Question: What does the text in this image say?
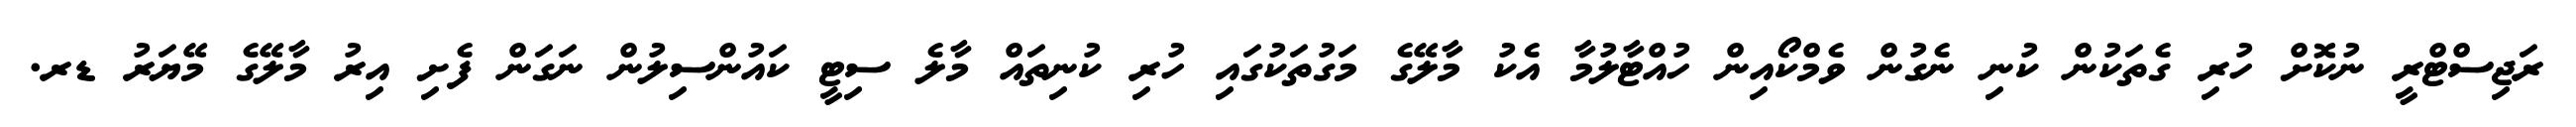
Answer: ރަޖިސްޓްރީ ނުކޮށް ހުރި ގެތަކުން ކުނި ނެގުން ވެމްކޯއިން ހުއްޓާލުމާ އެކު މާލޭގެ މަގުތަކުގައި ހުރި ކުނިތައް މާލެ ސިޓީ ކައުންސިލުން ނަގަން ފެށި އިރު މާލޭގެ މޭޔަރު ޑރ.